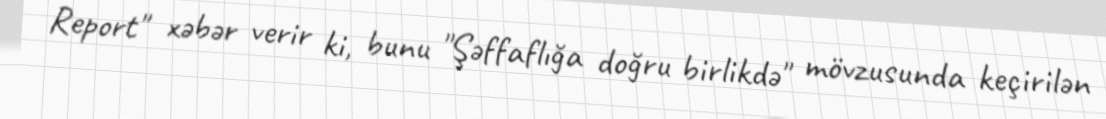
Report" xəbər verir ki, bunu "Şəffaflığa doğru birlikdə" mövzusunda keçirilən